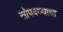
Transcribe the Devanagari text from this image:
सोपवण्याचा